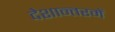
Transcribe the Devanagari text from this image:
देशान्तरमें